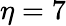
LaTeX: \eta=7